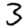
Digit: 3